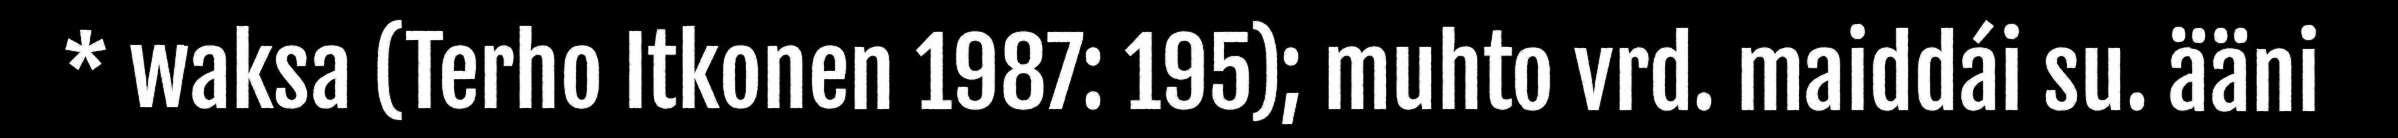
* waksa (Terho Itkonen 1987: 195); muhto vrd. maiddái su. ääni